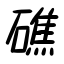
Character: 礁